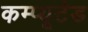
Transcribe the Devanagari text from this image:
कम्प्यूटेड